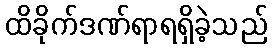
ထိခိုက်ဒဏ်ရာရရှိခဲ့သည်